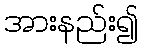
အားနည်း၍